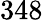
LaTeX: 348